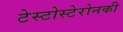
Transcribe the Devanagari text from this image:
टेस्टोस्टेरोनकी